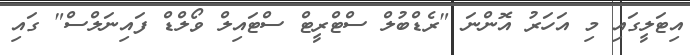
އިޓަލީގައި މި އަހަރު އޮންނަ "ރެޑްބުލް ސްޓްރީޓް ސްޓައިލް ވޯލްޑް ފައިނަލްސް" ގައި